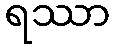
ရဿာ